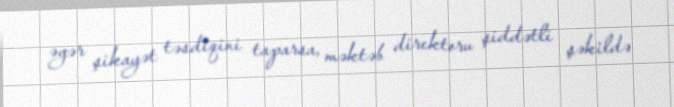
əgər şikayət təsdiqini taparsa, məktəb direktoru şiddətli şəkildə